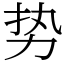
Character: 势